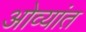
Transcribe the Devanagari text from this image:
ओव्यांत